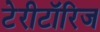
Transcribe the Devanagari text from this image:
टेरीटॉरिज